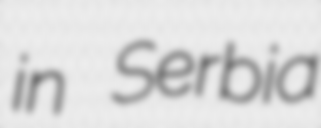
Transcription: in Serbia